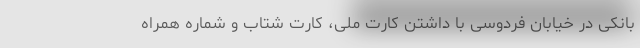
بانکی در خیابان فردوسی با داشتن کارت ملی، کارت شتاب و شماره همراه